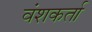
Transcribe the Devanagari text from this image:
वंशकर्ता